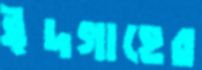
ঈদগাহের